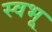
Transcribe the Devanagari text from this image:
स्वभू